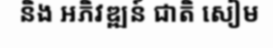
និង អភិវឌ្ឍន៍ ជាតិ សៀម